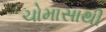
ચોમાસાથી